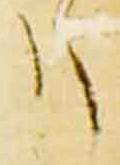
リ